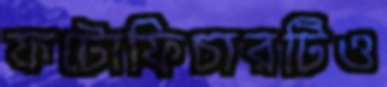
ফটোফিচারটিও